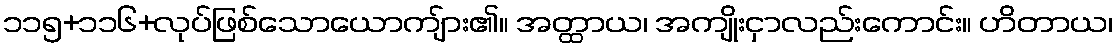
၁၁၅+၁၁၆+လုပ်ဖြစ်သောယောကျ်ား၏။ အတ္ထာယ၊ အကျိုးငှာလည်းကောင်း။ ဟိတာယ၊